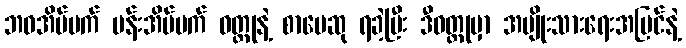
ဘဝအိပ်မက် ပန်းအိပ်မက် ဝတ္ထုနဲ့ စာပေဆု ရခဲ့ပြီး ဒီဝတ္ထုမှာ အမျိုးသားရေးအမြင်နဲ့